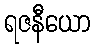
ရဇနီယော